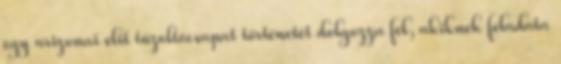
egy arizonai elit tűzoltócsapat történetét dolgozza fel, akiknek feladata